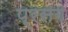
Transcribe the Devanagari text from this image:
प्रसग